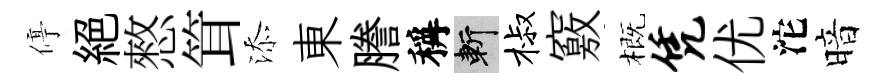
停絕憗䇯添東謄稱斬椒竅概凭优沱暗